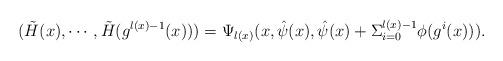
LaTeX: \begin{align*}(\tilde{H}(x), \cdots, \tilde{H}(g^{l(x)-1}(x))) =\Psi_{l(x)}(x,\hat\psi(x),\hat\psi(x)+\Sigma^{l(x)-1}_{i=0}\phi(g^i(x)) ). \end{align*}